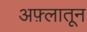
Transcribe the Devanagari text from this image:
अफ़्लातून